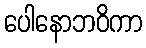
ပေါနောဘဝိကာ